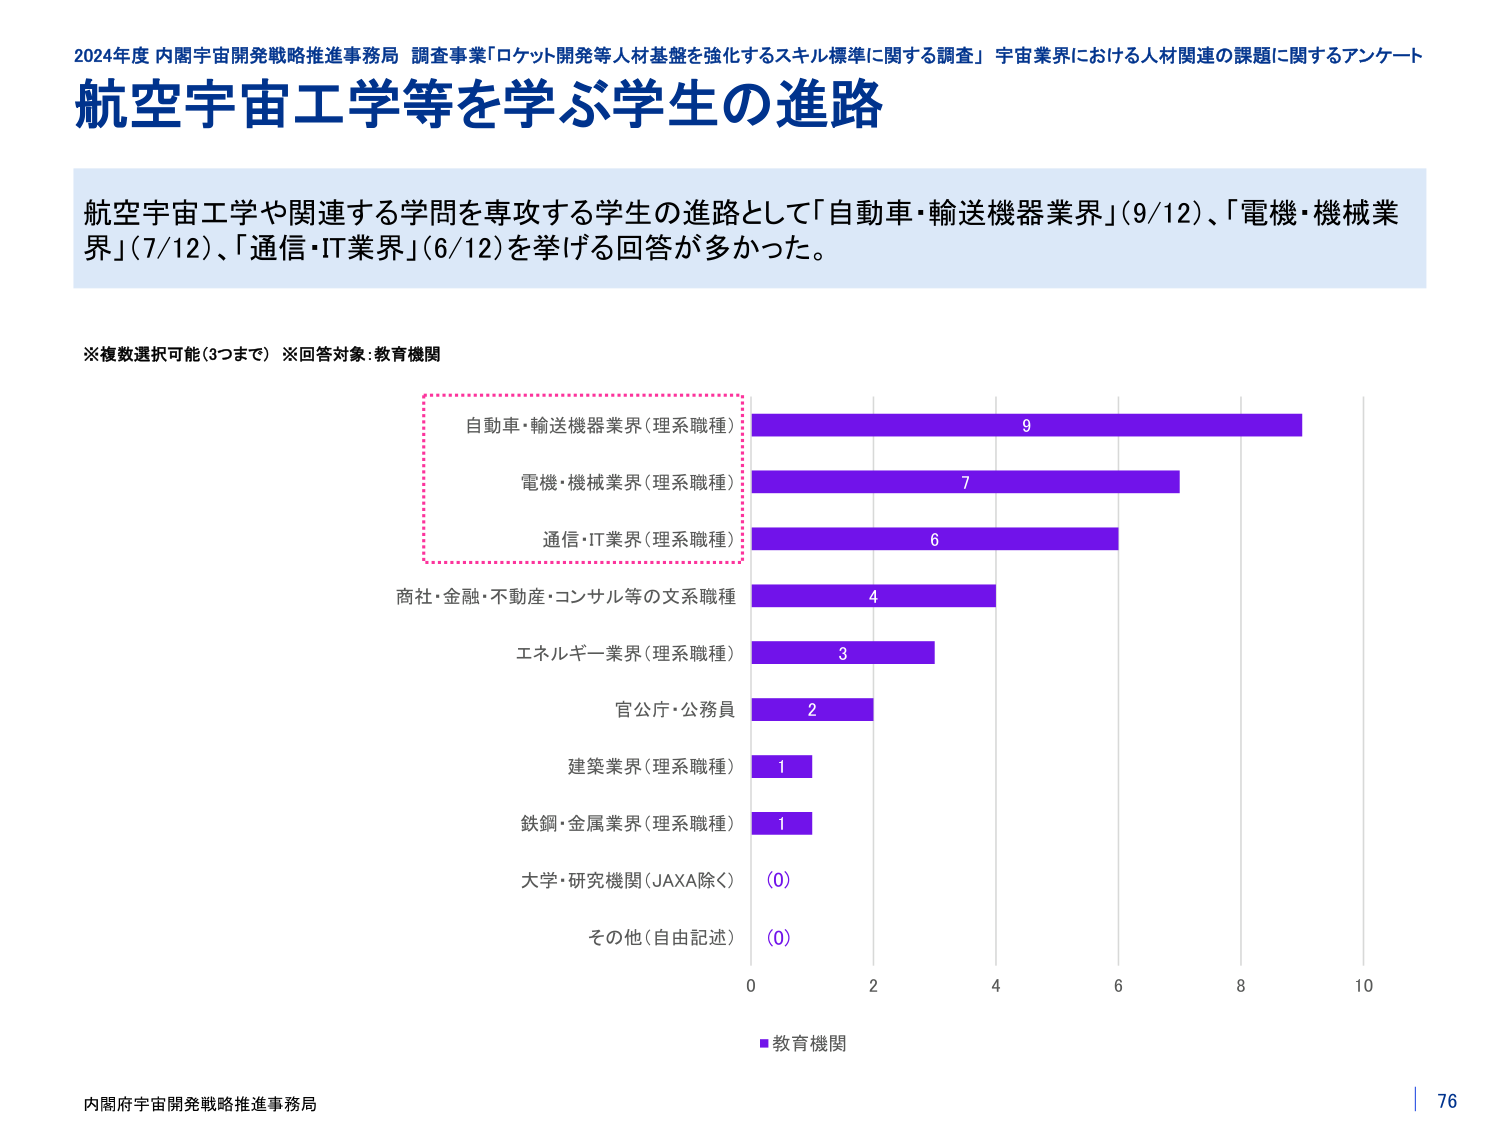
2024年度 内閣宇宙開発戦略推進事務局 調査事業「ロケット開発等人材基盤を強化するスキル標準に関する調査」 宇宙業界における人材関連の課題に関するアンケート
航空宇宙工学等を学ぶ学生の進路

航空宇宙工学や関連する学問を専攻する学生の進路として「自動車・輸送機器業界」（9/12）、「電機・機械業界」（7/12）、「通信・IT業界」（6/12）を挙げる回答が多かった。

※複数選択可能（3つまで） ※回答対象：教育機関

自動車・輸送機器業界（理系職種） 9
電機・機械業界（理系職種） 7
通信・IT業界（理系職種） 6
商社・金融・不動産・コンサル等の文系職種 4
エネルギー業界（理系職種） 3
官公庁・公務員 2
建築業界（理系職種） 1
鉄鋼・金属業界（理系職種） 1
大学・研究機関（JAXA除く） （0）
その他（自由記述） （0）

■教育機関

内閣府宇宙開発戦略推進事務局
76